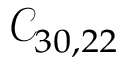
\mathcal { C } _ { 3 0 , 2 2 }